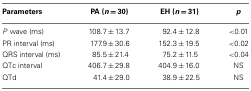
<table><thead><tr><td><b>Parameters</b></td><td><b>PA (<i>n</i> = 30)</b></td><td><b>EH (<i>n</i> = 31)</b></td><td><b><i>p</i></b></td></tr></thead><tbody><tr><td><i>P</i> wave (ms)</td><td>108.7 ± 13.7</td><td>92.4 ± 12.8</td><td>&lt;0.01</td></tr><tr><td>PR interval (ms)</td><td>177.9 ± 30.6</td><td>152.3 ± 19.5</td><td>&lt;0.02</td></tr><tr><td>QRS interval (ms)</td><td>85.5 ± 21.4</td><td>75.2 ± 11.5</td><td>&lt;0.04</td></tr><tr><td>QTc interval</td><td>406.7 ± 29.8</td><td>404.9 ± 16.0</td><td>NS</td></tr><tr><td>QTd</td><td>41.4 ± 29.0</td><td>38.9 ± 22.5</td><td>NS</td></tr></tbody></table>